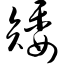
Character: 矮